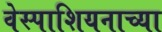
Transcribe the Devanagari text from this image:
वेस्पाशियनाच्या